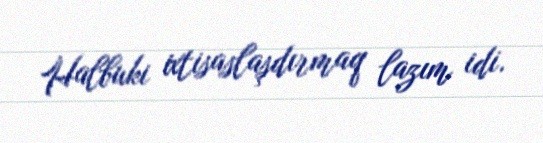
Halbuki ixtisaslaşdırmaq lazım idi.